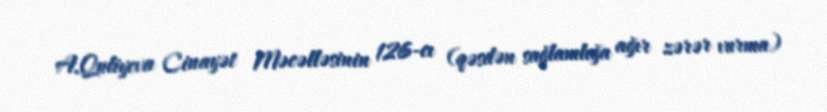
A.Quliyeva Cinayət Məcəlləsinin 126-cı (qəsdən sağlamlığa ağır zərər vurma)